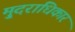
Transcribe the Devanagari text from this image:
मु्दराधिकार